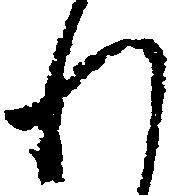
わ